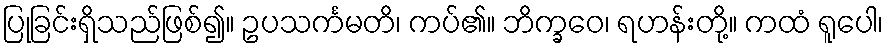
ပြုခြင်းရှိသည်ဖြစ်၍။ ဥပသင်္ကမတိ၊ ကပ်၏။ ဘိက္ခဝေ၊ ရဟန်းတို့။ ကထံ ရူပေါ၊